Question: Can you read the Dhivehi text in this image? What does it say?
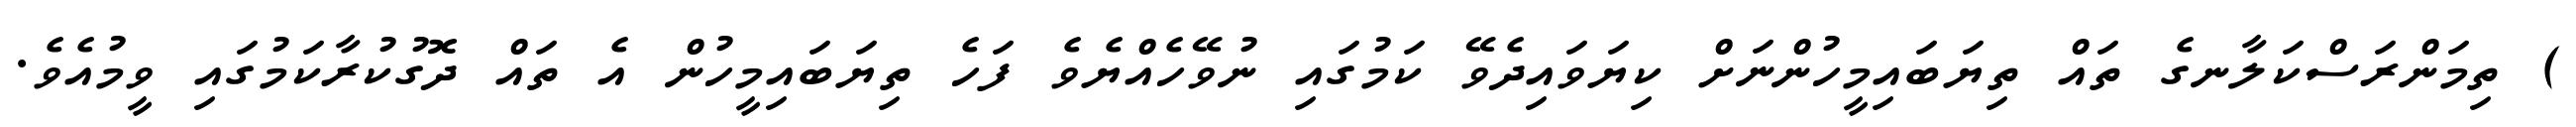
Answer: ) ތިމަންރަސްކަލާނގެ ތައް ތިޔަބައިމީހުންނަށް ކިޔަވައިދެވޭ ކަމުގައި ނުވޭހެއްޔެވެ ފަހެ ތިޔަބައިމީހުން އެ ތައް ދޮގުކުރާކަމުގައި ވީމުއެވެ.